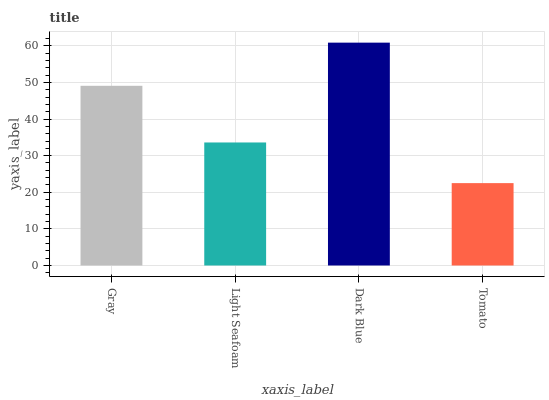
| xaxis_label | bars |
 | --- | --- |
 | Gray | 49.1 |
 | Light Seafoam | 33.6 |
 | Dark Blue | 60.9 |
 | Tomato | 22.5 |